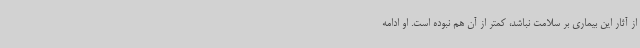
از آثار این بیماری بر سلامت نباشد، کمتر از آن هم نبوده است. او ادامه